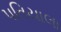
પતિયાલા